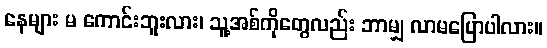
နေများ မ ကောင်းဘူးလား၊ သူ့အစ်ကိုတွေလည်း ဘာမျှ လာမပြောပါလား။